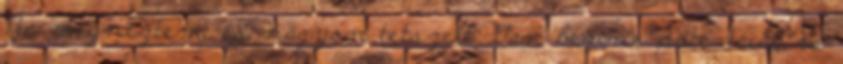
Na megnéztem, és nagyon tetszett: Van benne potenciál, és